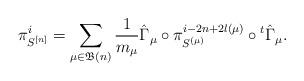
LaTeX: \begin{align*}\pi_{S^{[n]}}^i = \sum_{\mu \in \mathfrak{B}(n)} \frac{1}{m_\mu}\hat{\Gamma}_\mu \circ \pi^{i-2n+2l(\mu)}_{S^{(\mu)}} \circ {}^t\hat{\Gamma}_\mu.\end{align*}